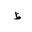
Letter: _za